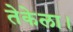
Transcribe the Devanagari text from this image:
तेकेला।